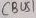
Text: CBUS1